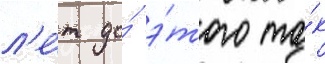
л'е́т до́ э́того та́к